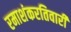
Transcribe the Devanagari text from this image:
रमाशंकरतिवारी